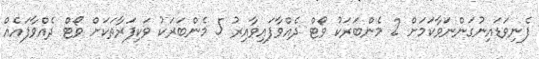
ފެނިވަޑައިނުގަންނަވާކަމަށް 2 މެންބަރަކު ވޯޓް ދެއްވާފައިވާއިރު 5 މެންބަރަކު ވަކިފަރާތަކަށް ވޯޓް ދެއްވާފައެއް